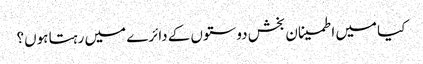
کیا میں اطمینان بخش دوستوں کے دائرے میں رہتا ہوں؟